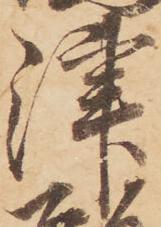
津